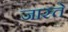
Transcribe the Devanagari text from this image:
जास्ते